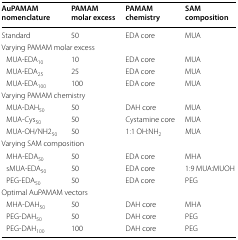
| AuPAMAM nomenclature | PAMAM molar excess | PAMAM chemistry | SAM composition |
 | --- | --- | --- | --- |
 | Standard | 50 | EDA core | MUA |
 | <COLSPAN=4> Varying PAMAM molar excess |
 | MUA-EDA10 | 10 | EDA core | MUA |
 | MUA-EDA25 | 25 | EDA core | MUA |
 | MUA-EDA100 | 100 | EDA core | MUA |
 | <COLSPAN=4> Varying PAMAM chemistry |
 | MUA-DAH50 | 50 | DAH core | MUA |
 | MUA-Cys50 | 50 | Cystamine core | MUA |
 | MUA-OH/NH250 | 50 | 1:1 OH:NH2 | MUA |
 | <COLSPAN=4> Varying SAM composition |
 | MHA-EDA50 | 50 | EDA core | MHA |
 | sMUA-EDA50 | 50 | EDA core | 1:9 MUA:MUOH |
 | PEG-EDA50 | 50 | EDA core | PEG |
 | <COLSPAN=4> Optimal AuPAMAM vectors |
 | MHA-DAH50 | 50 | DAH core | MHA |
 | PEG-DAH50 | 50 | DAH core | PEG |
 | PEG-DAH100 | 100 | DAH core | PEG |